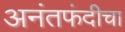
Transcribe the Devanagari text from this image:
अनंतफंदीचा